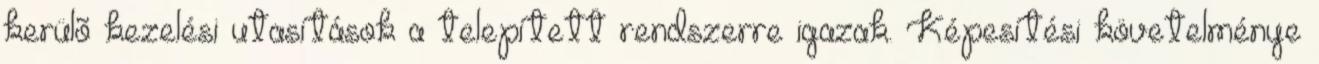
kerülõ kezelési utasítások a telepített rendszerre igazak. Képesítési követelménye